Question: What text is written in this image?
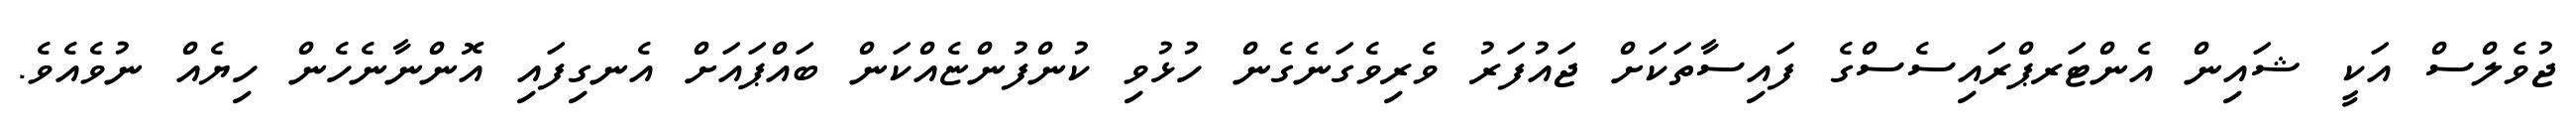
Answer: ޖުވެލްސް އަކީ ޝައިން އެންޓަރޕްރައިސެސްގެ ފައިސާތަކަށް ޖައުފަރު ވެރިވެގަނެގެން ހުޅުވި ކުންފުންޏެއްކަން ބައްޕައަށް އެނގިފައި އޮންނާނެހެން ހިޔެއް ނުވެއެވެ.